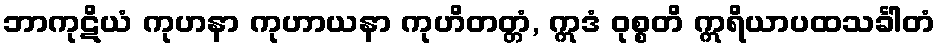
ဘာကုဋိယံ ကုဟနာ ကုဟာယနာ ကုဟိတတ္တံ, ဣဒံ ဝုစ္စတိ ဣရိယာပထသင်္ခါတံ